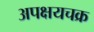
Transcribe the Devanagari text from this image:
अपक्षयचक्र